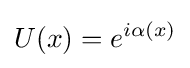
U(x)=e^{i\alpha (x)}